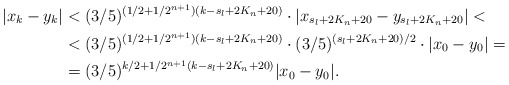
\begin{align*}|x_k - y_k| &< (3/5)^{(1/2 + 1/2^{n+1})(k - s_l + 2K_n + 20)} \cdot |x_{s_l + 2K_n + 20} - y_{s_l + 2K_n + 20}| <\\&< (3/5)^{(1/2 + 1/2^{n+1})(k - s_l + 2K_n + 20)} \cdot (3/5)^{(s_l + 2K_n + 20)/2} \cdot |x_0 - y_0| =\\&= (3/5)^{k/2 + 1/2^{n+1}(k - s_l + 2K_n + 20)} |x_0 - y_0|.\end{align*}